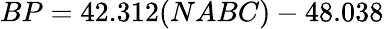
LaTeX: BP=42.312(NABC)-48.038